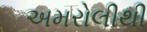
અમરોલીથી